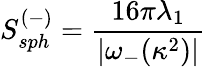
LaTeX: S_{sph}^{(-)}=\frac{16\pi\lambda_{1}}{|\omega_{-}(\kappa^{2})|}